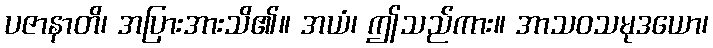
ပဇာနာတိ၊ အပြားအားသိ၏။ အယံ၊ ဤသည်ကား။ အာသဝသမုဒယော၊